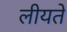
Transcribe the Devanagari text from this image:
लीयते